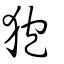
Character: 麅